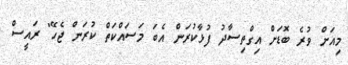
މިއަށް ވުރެ ބޮޑަށް އިގްތިސާދު ފުޅާކުރަން އެބަ މަސައްކަތް ކުރަން ޖެހޭ" ރައީސް